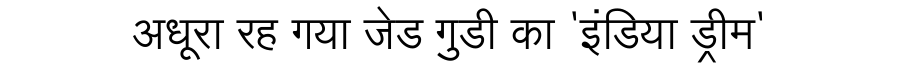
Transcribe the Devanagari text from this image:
अधूरा रह गया जेड गुडी का 'इंडिया ड्रीम'